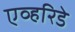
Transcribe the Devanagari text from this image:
एव्हरिडे